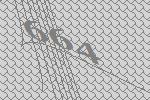
664